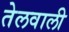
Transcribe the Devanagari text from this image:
तेलवाली